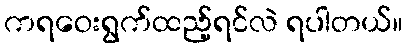
ကရဝေးရွက်ထည့်ရင်လဲ ရပါတယ်။